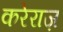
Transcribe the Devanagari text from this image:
करेराज़